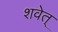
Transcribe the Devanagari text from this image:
शवेत्